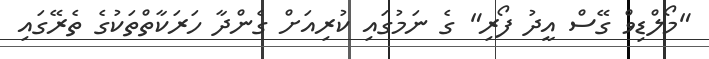
"މޯލްޑިވް ގޭސް އީދު ފޯރި" ގެ ނަމުގައި ކުރިއަށް ގެންދާ ހަރަކާތްތަކުގެ ތެރޭގައި